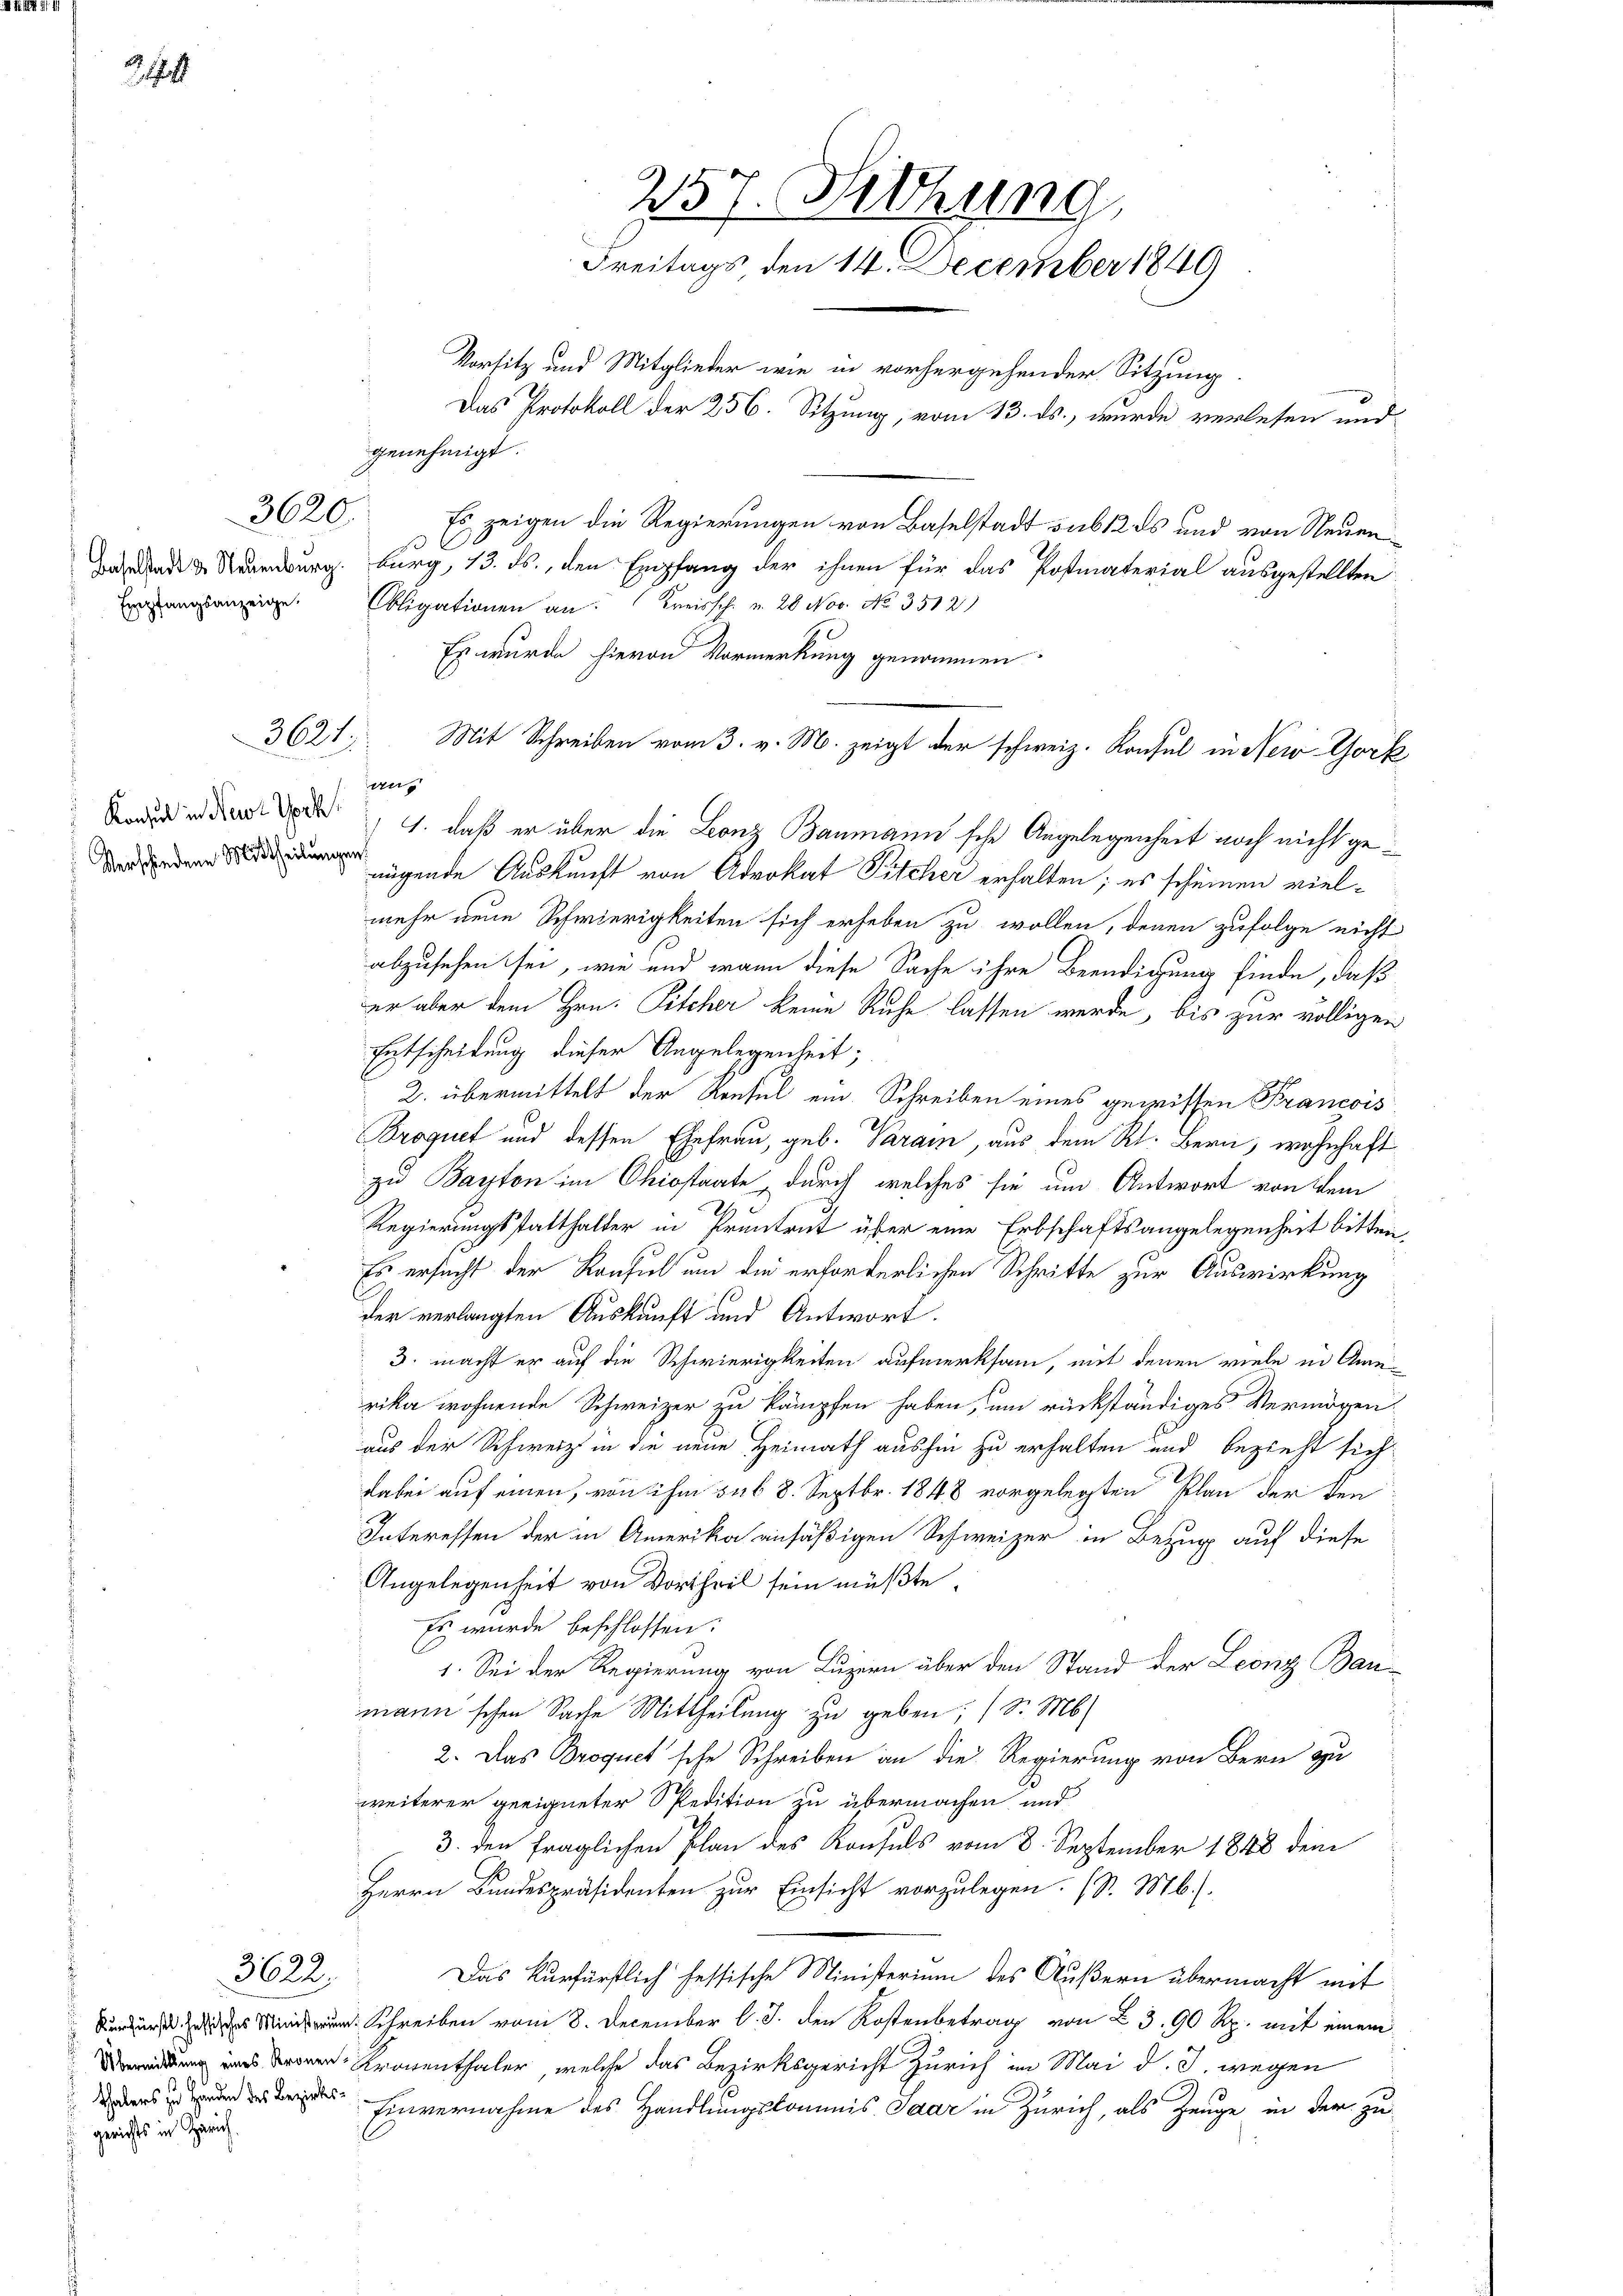
314

sts in Zürich.

3620.

3621.

Verschiedene Mittheilungen.

3622.

Es zeigen die Regierungen von Baselstadt sub 12 ds und von Neuen
C
Beende u. Neuenburg. Burg, 13. ds., den Empfang der ihnen für das Postmaterial ausgestellten
bligationen an Kreissch. u. 26 Nov. No. 3512)
Es wurde hievon Vormerkung genommen
an
, 1. daß er über die Leonz Baumann sche Angelegenheit noch nicht genügende Auskunft von Advokat Fitcher erhalten; es scheinen vielmehr neue Schwierigkeiten sich erheben zu wollen, denen zufolge nicht
abzusehen sei, wie und wann diese Sache ihre Beendigung finde, daß
er aber dem Hrn. Pitcher keine Ruhe lassen werde, bis zur völligen
Entscheidung dieser Angelegenheit;
2. übermittelt der Konsul ein Schreiben eines gewissen Francois
Broquet und dessen Ehefrau, geb. Parain, aus dem Rl. Bern, wohnhaft
zu Bapton im Ohiostaate durch welches sie um Antwort von dem
Regierungsstatthalter in Pruntrut über eine Erbschaftsangelegenheit bitten
Es ersucht der Konsul um die erforderlichen Schritte zur Auswirkung
der verlangten Auskunft und Antwort.
3. macht er auf die Schwierigkeiten aufmerksam, mit denen viele in Amerika wohnende Schweizer zu kämpfen haben, um rückständiges Vermögen,
s
aus der Schweiz in die neue Heimath aushin zu erhalten und bezieht sich
dabei auf einen, von ihm sub 8. Septbr. 1848 vorgelegten Plan der den¬
Interessen der in Amerika ansäßigen Schweizer in Bezug auf diese
Angelegenheit von Vortheil sein müβte.
Es wurde beschlossen:
1. Sei der Regierung von Luzern über den Stand der Leonz Bau-
mann'schen Sache Mittheilung zu geben; (S. M.
2. Das Droquetsche Schreiben an die Regierung von Bern zu
weiterer geeigneter Spedition zu übermachen und
3. den fraglichen Plan des Konsuls vom 8. September 1848 dem
Herrn Bundespräsidenten zur Einsicht vorzulegen. (S. M.
Das kurfürstlich hessische Ministerium des Äußern übermacht mit
 Schrei vom 8. December l. J. den Kostenbetrag von 23. 90 Rp. mit einem
 Kronenthaler, welche das Bezirksgericht Zürich im Mai d. J. wegen
 Einvernahme des Handlungskommis Paar in Zürich, als Zeuge in der zu-

257. Sitzung,
Freitags den 14. December 1849
Vorsitz und Mitglieder wie in vorhergehender Sitzung
Das Protokoll der 256. Sitzung, vom 13. ds., wurde verlesen und
genehmigt.

Mit Schreiben vom 3. v. M. zeigt der schweiz. Konsul in New York